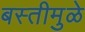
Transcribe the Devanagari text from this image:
बस्तीमुळे